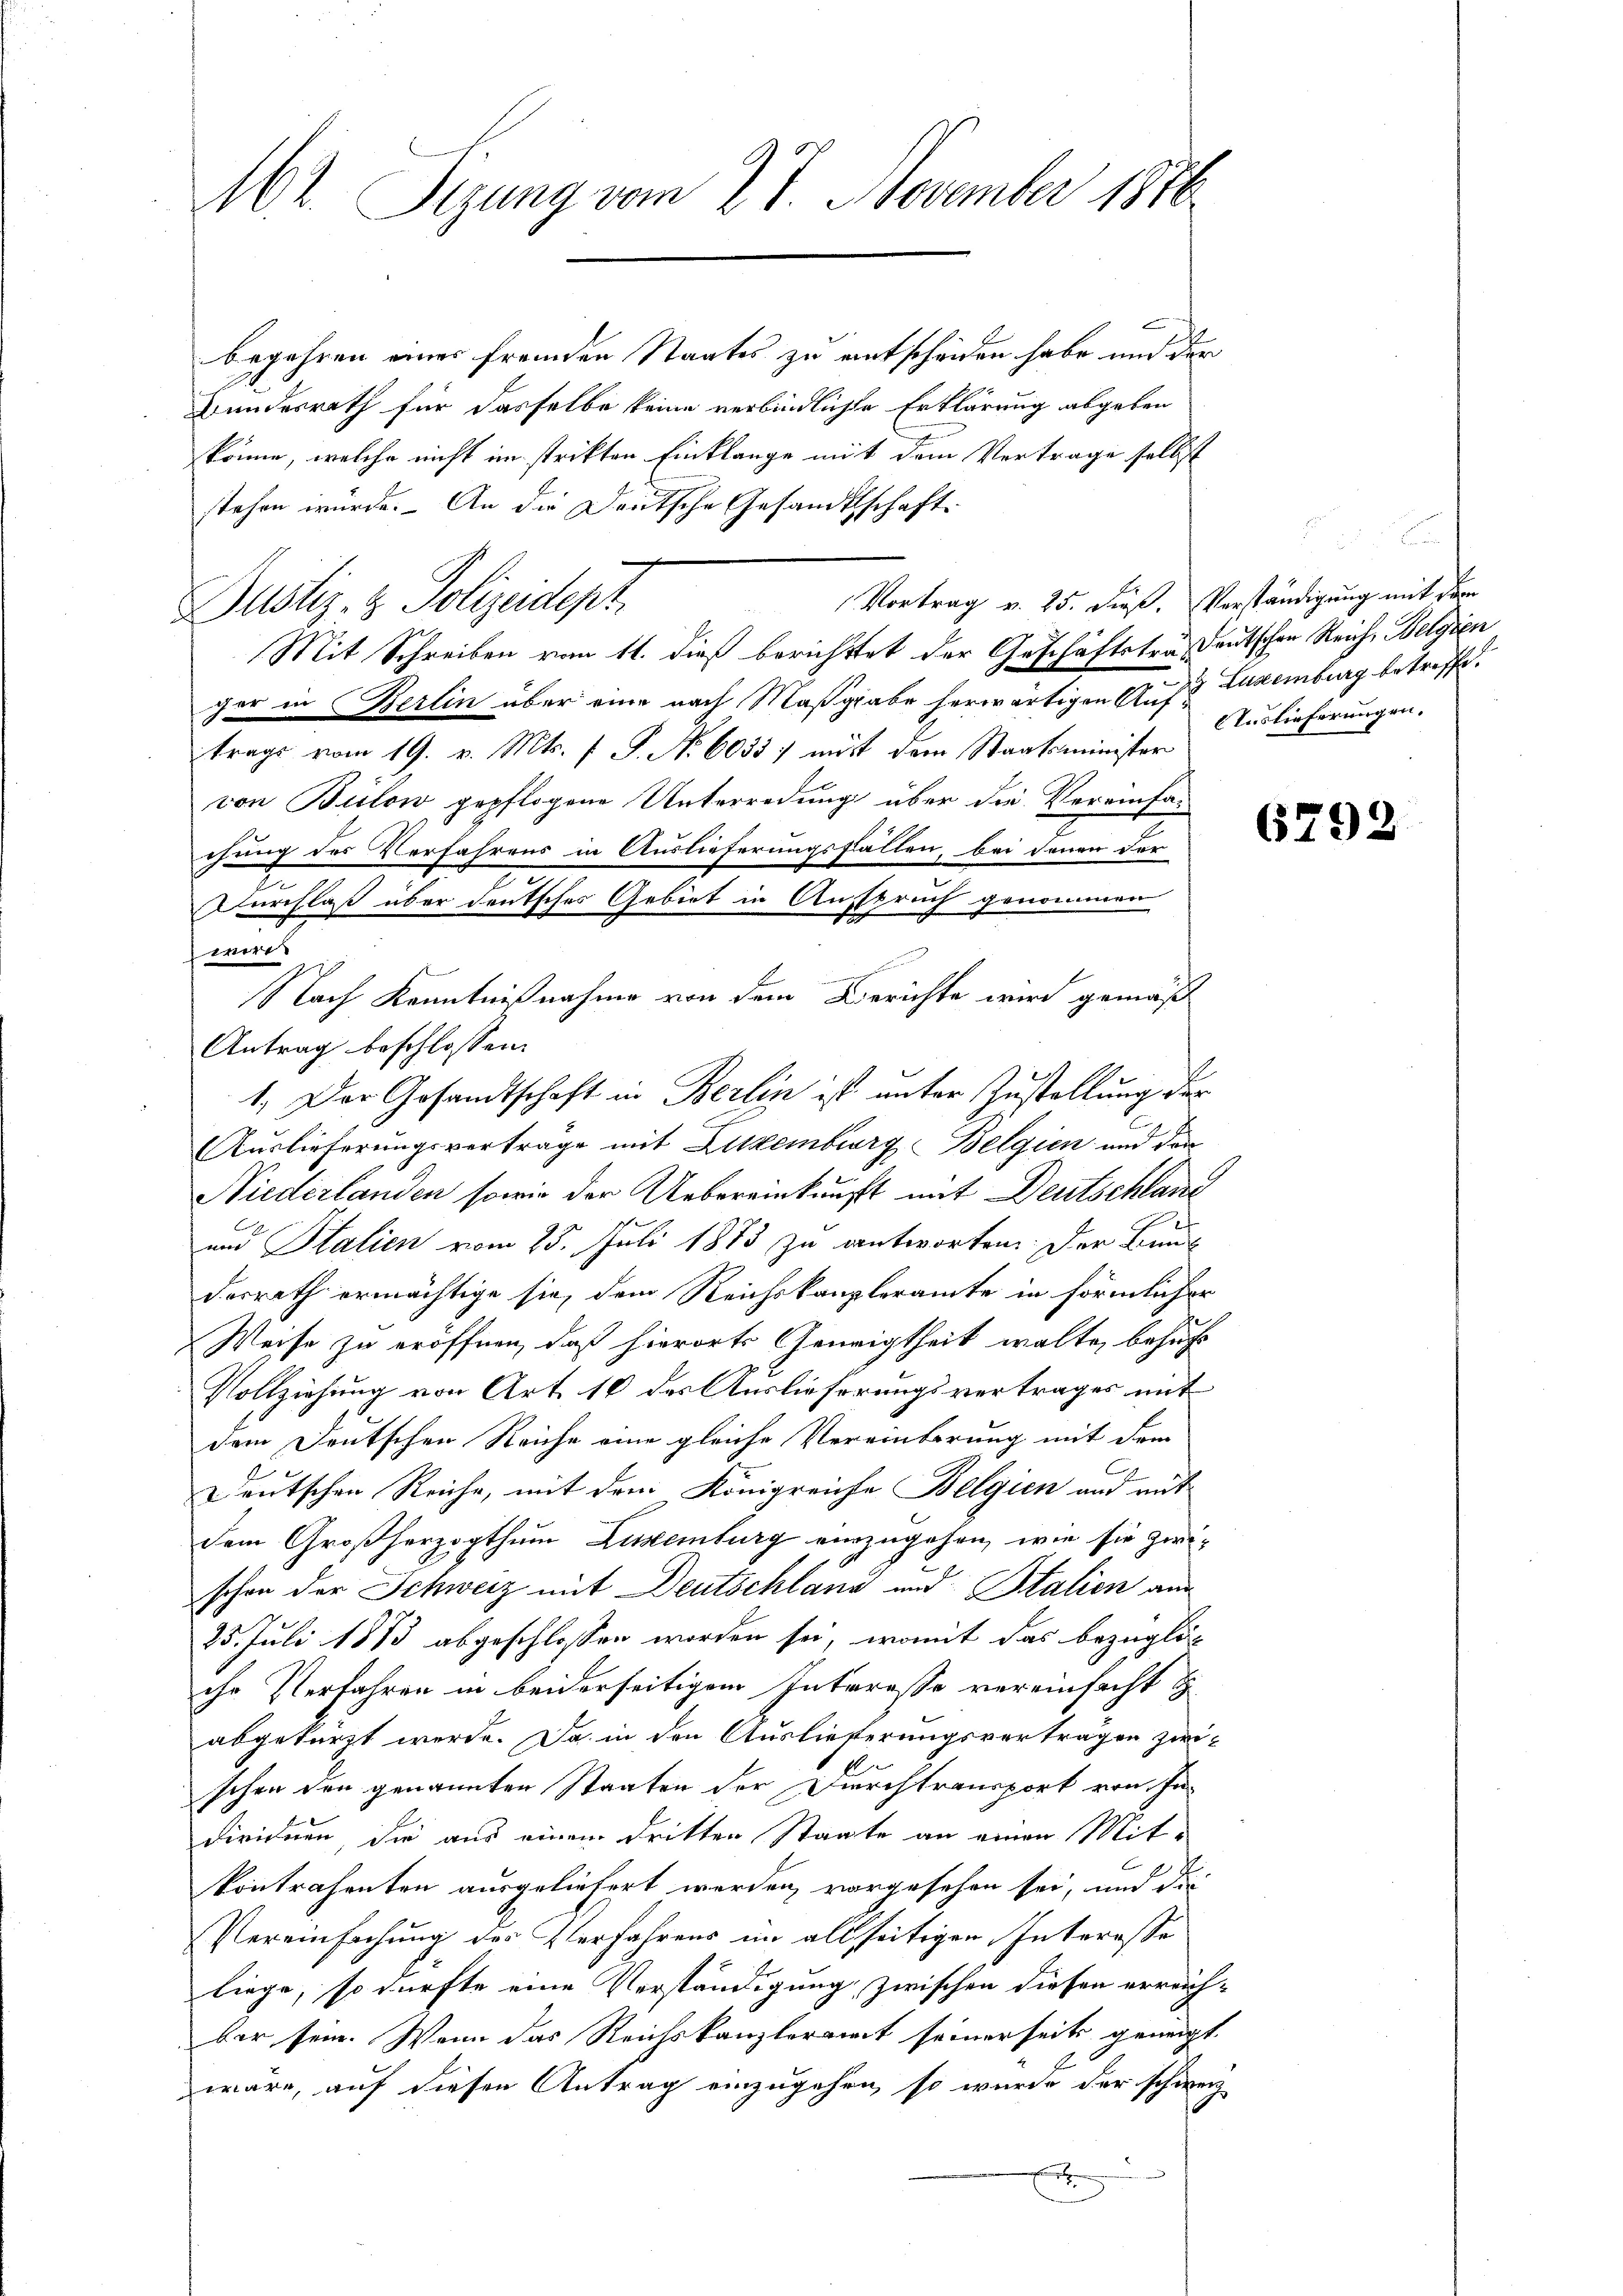
Mt. Sizung vom 27. November 1846

begehren einer fremden Staates zu entscheiden habe und der
Bundesrath für dasselbe keine verbindliche Erklärung abgeben
könne, welche nicht im strikten Einklange mit dem Vertrage selbst
stehen würde. An die Deutsche Gesandtschaft
Vortrag v. 25. Dies. Verständigung mit dem
Justiz- & Polizeidept
Mit Schreiben vom 11. dieß berichttet der Geschäftstraf deutschen Reiche Belgien
ger in Berlin über eine nach Maßgabe herwärtigen Auf Luxenburg betreffe.
trags vom 19. v. Mts. f. P. Nr. 6055) mit dem Staatsminister
von Bülow gepflogene Unterredung über die Vereinfachung des Verfahrens in Auslieferungsfällen, bei denen der
Durchlass über deutsches Gebiet in Anspruch genommen
wird.
Nach Kenntnißnahme von dem Berichte wird gemäß
Antrag beschlossen:
1. Der Gesandtschaft in Berlin ist unter Zustellung der
Auslieferungsvertrage mit Zuzemburg Belgien und der
Niederlanden sowie der Uebereinkunft mit Deutschland
und Halien vom 25. Juli 1873 zu antworten. Der Bunde
desrath ermächtige sie, dem Reichskanzleramte in förmlicher
Weise zu eröffnen, daß hierorts Geneigtheit walte, besucht
Vollziehung von Art. 10 des Auslieferungsvertrages mit
dem Deutschen Reiche eine gleiche Vereinberung mit dem
Deutschen Reiche, mit dem Königreiche Belgien und mit
dem Großherzogthum Liskenburg einzugehen, wie sie zwischon der Schweiz mit Deutschland und Stalien am
25. Juli 1873 abgeschlossen worden sei, womit das bezügliche Verfahren in beiderseitigem Interesse vereinsacht
abgekürzt werde. Da in den Auslieferungsvertragen zwi-
schen den genannten Staaten der Durchtransport von Individuen, die aus einem dritten Staate an einen Mit-
kontrahenten ausgeliefert werden, vorgesehen sei, und die
Vereinfachung des Verfahrens im allseitigen Interesse
liege, so dürfte eine Verständigung zwischen diesen erreich-
Ber sein. Wenn das Reichskanzleramt seinerseits geneigt.
wäre, auf diesen Antrag einzugehen, so wurde der schweiz
.

Auslieferungen.

6792